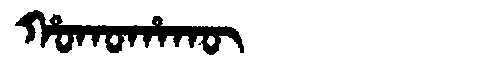
Manchu: ᡥᠣᡴᠣᡥᠠᡴᡡ
Romanization: HOKOHAKŪ